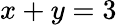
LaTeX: x+y=3